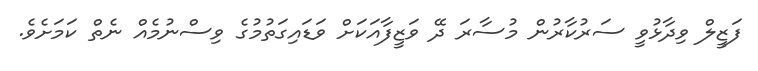
ފަޒީލް ވިދާޅުވީ ސަރުކާރުން މުސާރަ ދޭ ވަޒީފާއަކަށް ވަޑައިގަތުމުގެ ވިސްނުމެއް ނެތް ކަމަށެެވެ.